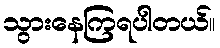
သွားနေကြရပါတယ်။